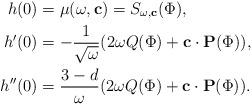
LaTeX: \begin{align*}h(0)&=\mu (\omega,\mathbf{c})=S_{\omega,\mathbf{c}}(\Phi),\\h'(0)&=-\frac{1}{\sqrt{\omega}}(2\omega Q(\Phi)+\mathbf{c}\cdot \mathbf{P}(\Phi)),\\h''(0)&=\frac{3-d}{\omega}(2\omega Q(\Phi)+\mathbf{c}\cdot \mathbf{P}(\Phi)). \end{align*}